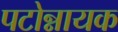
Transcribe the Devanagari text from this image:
पटोन्नायक